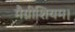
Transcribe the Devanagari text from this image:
मैग्नीशियम।